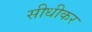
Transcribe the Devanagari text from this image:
सीधीकर